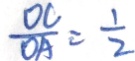
\frac { O C } { O A } = \frac { 1 } { 2 }